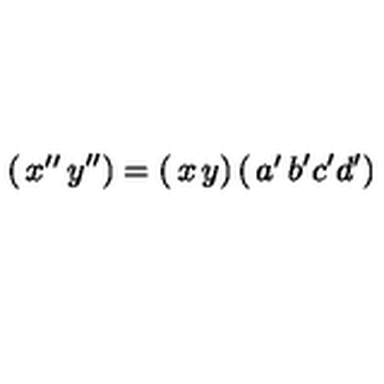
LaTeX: \left( \begin{matrix} { x ^ { \prime \prime } } & { y ^ { \prime \prime } } \\ \end{matrix} \right) = \left( \begin{matrix} { x } & { y } \\ \end{matrix} \right) \left( \begin{matrix} { a ^ { \prime } } & { b ^ { \prime } } \\ { c ^ { \prime } } & { d ^ { \prime } } \\ \end{matrix} \right)